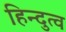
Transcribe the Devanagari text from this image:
हिन्‍दुत्‍व